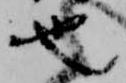
也